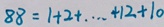
8 8 = 1 + 2 + \cdots + 1 2 + 1 0